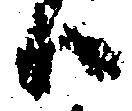
ハ